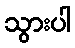
သွားပါ